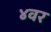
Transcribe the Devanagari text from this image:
४वर